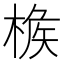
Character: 𣔹